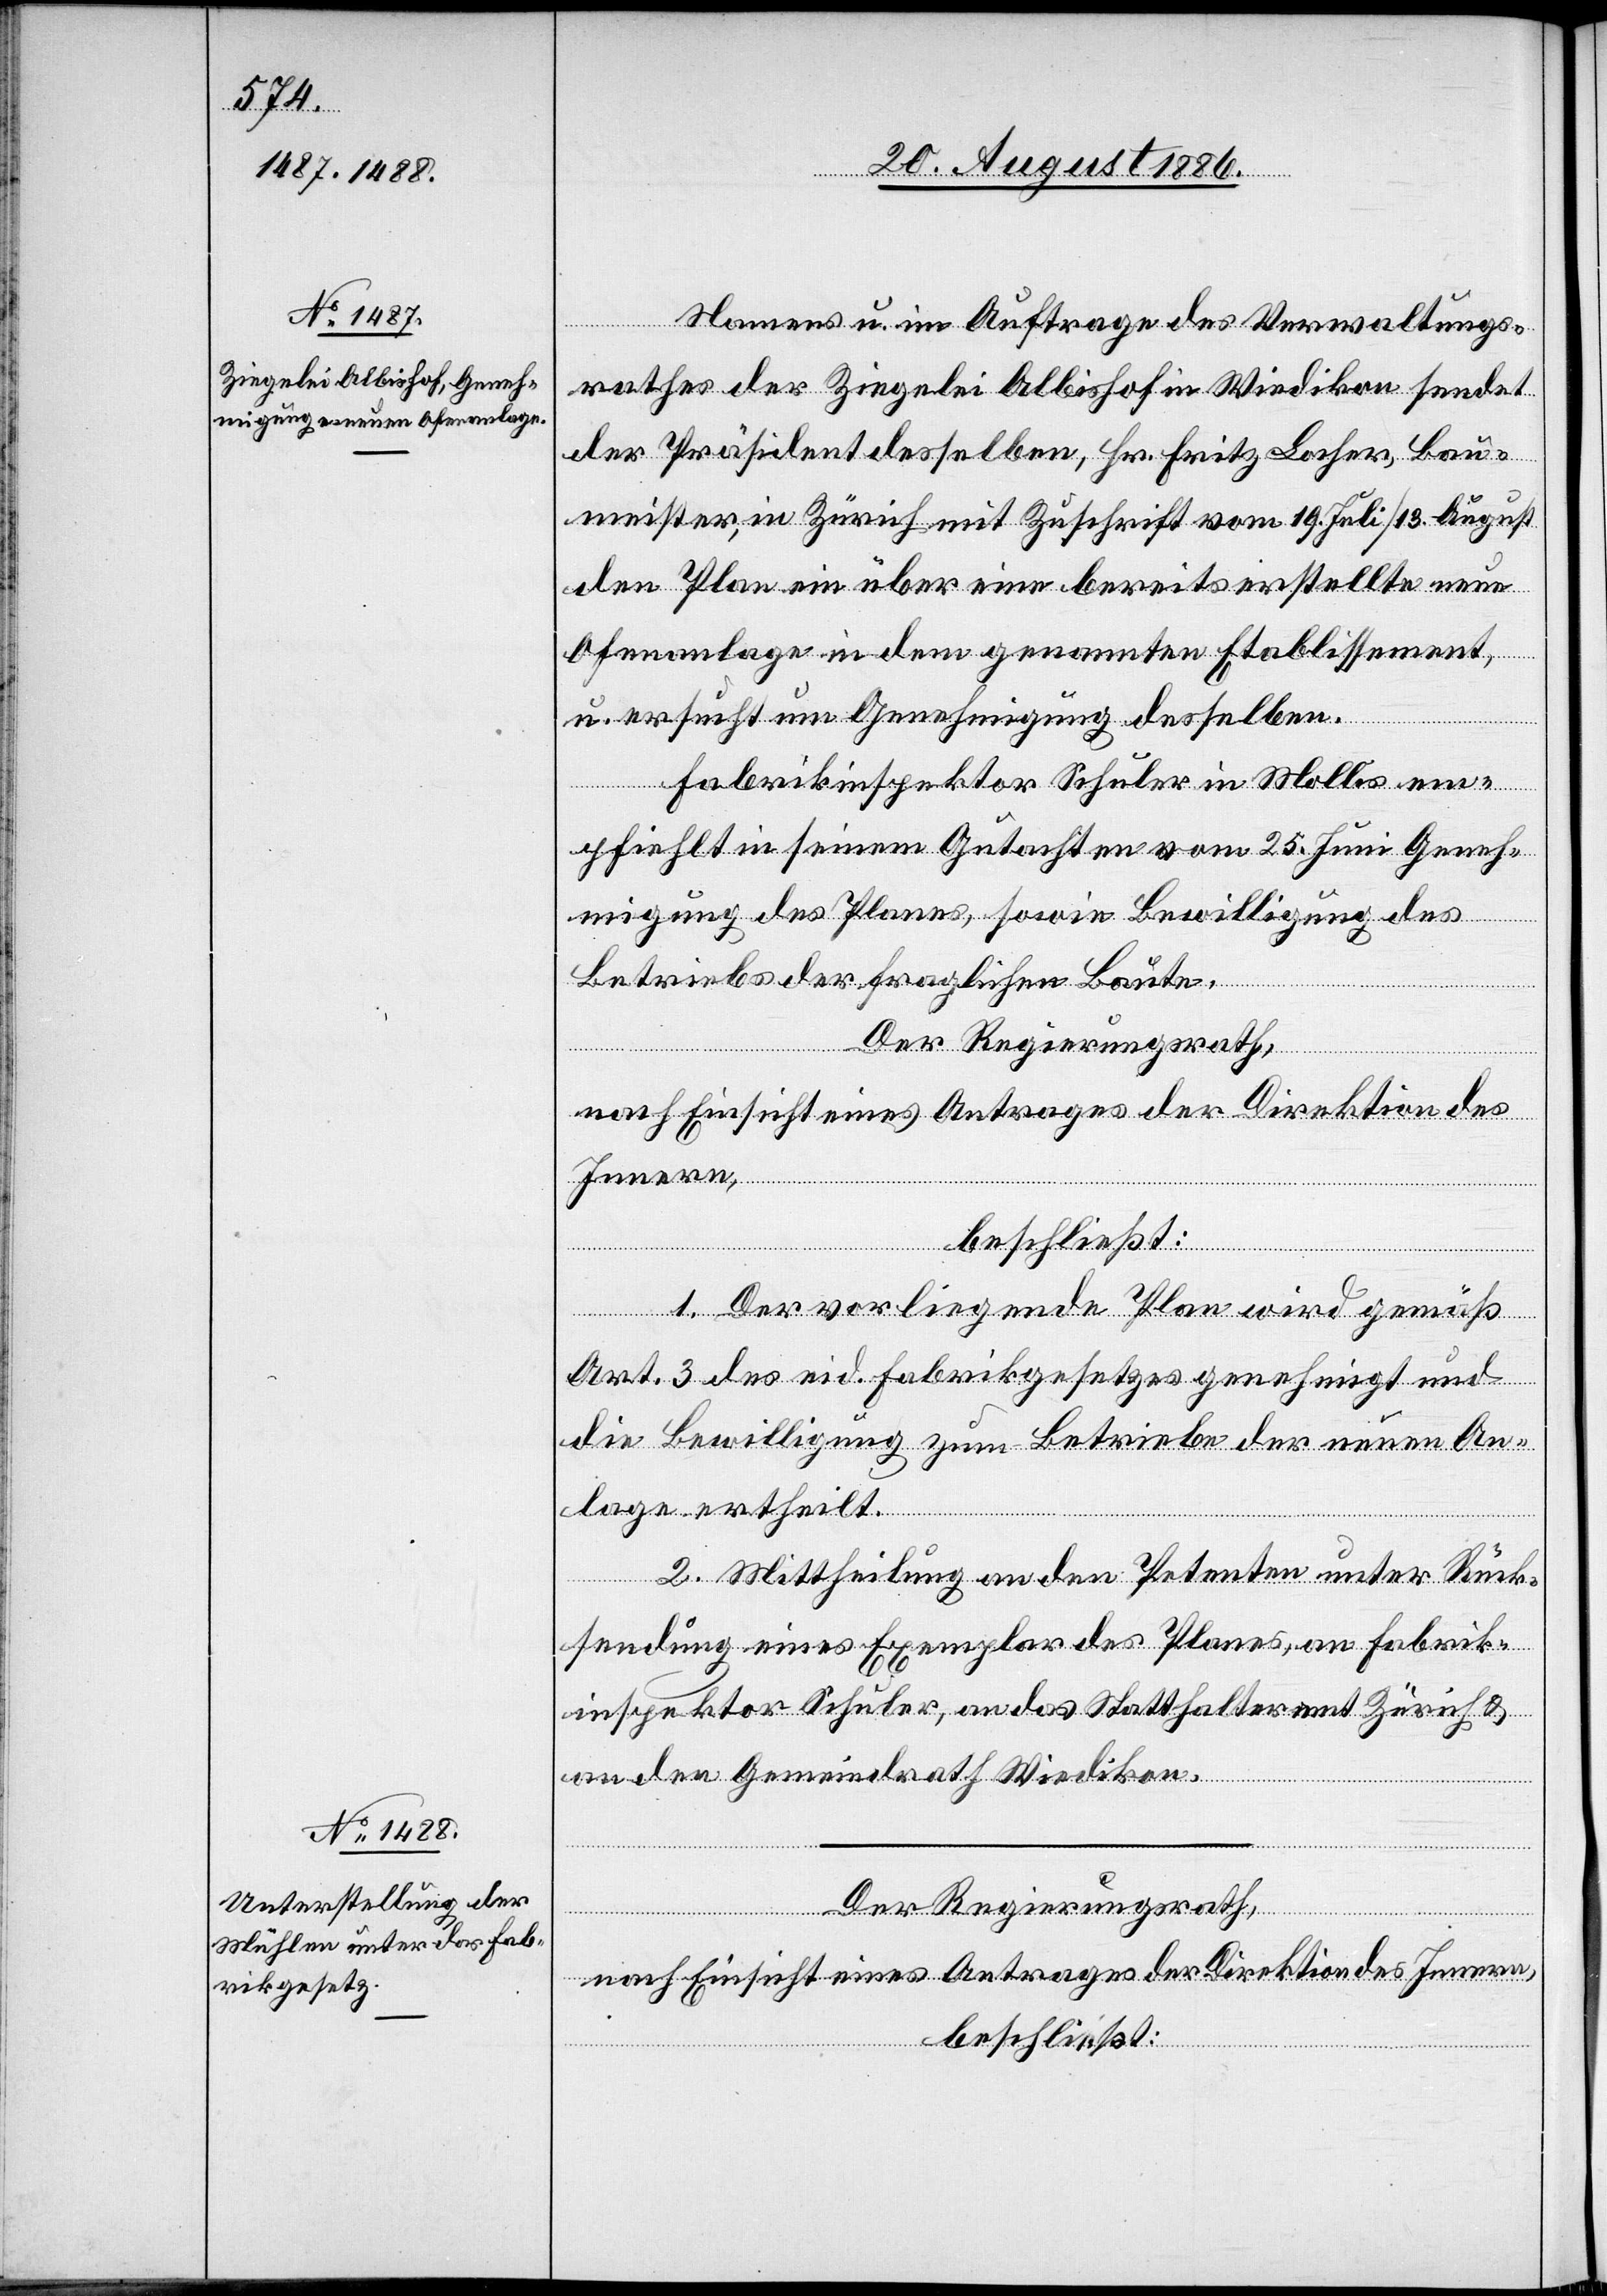
Namens u. im Auftrage des Verwaltungs¬
rathes der Ziegelei Albishof in Wiedikon sendet
der Präsident desselben, Hr. Fritz Locher, Bau¬
meister, in Zürich mit Zuschrift vom 19. Juli/13. August
den Plan ein über eine bereits erstellte neue
Ofenanlage in dem genannten Etablissement,
u. ersucht um Genehmigung desselben.
Fabrikinspektor Schuler in Mollis em¬
pfiehlt in seinem Gutachten vom 25. Juni Geneh¬
migung des Planes, sowie Bewilligung des
Betriebs der fraglichen Baute.
Der Regierungsrath,
1. Der vorliegende Plan wird gemäß
Art. 3 des eid. Fabrikgesetzes genehmigt und
die Bewilligung zum Betriebe der neuen An¬
lage ertheilt.
2. Mittheilung an den Petenten unter Rück¬
sendung eines Exemplar des Planes, an Fabrik¬
inspektor Schuler, an das Statthalteramt Zürich &
an den Gemeindrath Wiedikon.
Der Regierungsrath,
nach Einsicht eines Antrages der Direktion des Innern,
beschließt: